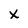
Character: X